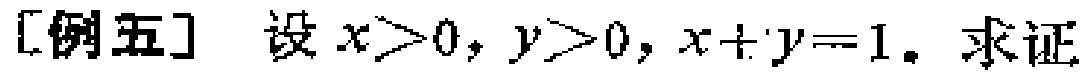
[例五] 设 \(x>0,y>0,x + y = 1\). 求证